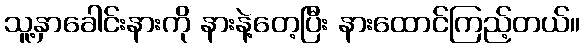
သူ့နှာခေါင်းနားကို နားနဲ့တေ့ပြီး နားထောင်ကြည့်တယ်။